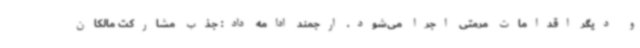
و دیگر اقدامات مرمتی اجرا می‌شود. ارجمند ادامه داد: جذب مشارکت مالکان